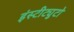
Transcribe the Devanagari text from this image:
इंस्टीट्युटो